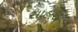
સાહાએ